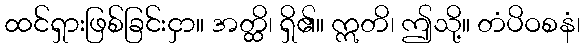
ထင်ရှားဖြစ်ခြင်းငှာ။ အတ္ထိ၊ ရှိ၏။ ဣတိ၊ ဤသို့။ တံပိဝစနံ၊